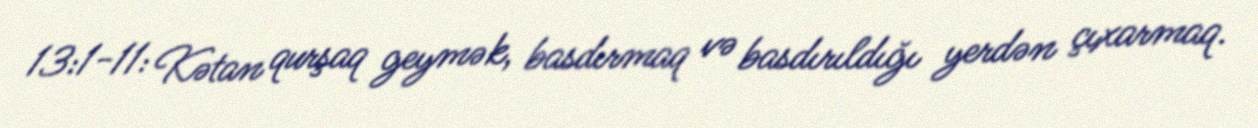
13:1-11: Kətan qurşaq geymək, basdırmaq və basdırıldığı yerdən çıxarmaq.